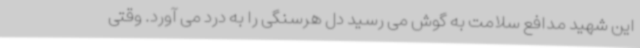
این شهید مدافع سلامت به گوش می رسید دل هرسنگی را به درد می آورد. وقتی